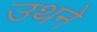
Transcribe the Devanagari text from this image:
उथने